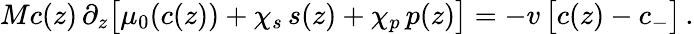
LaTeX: Mc(z)\, \partial_{z}\bigl[\mu_{0}(c(z))+\chi_{s}\, s(z)+\chi_{p}\, p(z)\bigr]=-v\, \bigl[c(z)-c_{-}\bigr]\, .